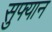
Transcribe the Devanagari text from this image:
सुफ्यान